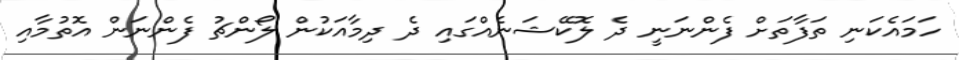
ހަމައެކަނި ތަފާތަށް ފެންނަނީ ދެ ލޮކޭޝަނެއްގައި ދެ ދިމާއަކުން ލޯންޗު ފެންނަން އޮތުމާއި